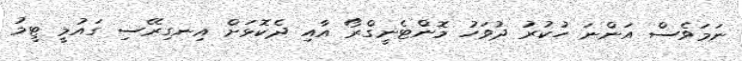
ނަމަވެސް އަންނަ ހުކުރު ދުވަހު މޮންޓެނީގްރޯ އާއި ދެކޮޅަށް އިނގިރޭސި ގައުމީ ޓީމު